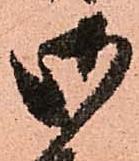
御